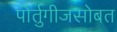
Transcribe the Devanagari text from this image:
पोर्तुगीजसोबत